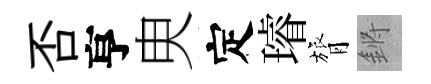
否亨㬰定璿膂鏘